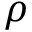
\rho